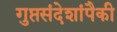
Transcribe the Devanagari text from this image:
गुप्तसंदेशांपैकी